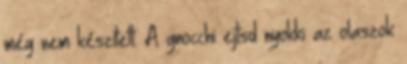
még nem készített. A gnocchi ejtsd nyokki az olaszok